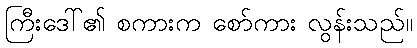
ကြီးဒေါ်၏ စကားက စော်ကား လွန်းသည်။